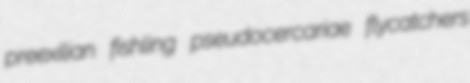
preexilian fishling pseudocercariae flycatchers